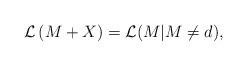
LaTeX: \begin{align*}{\cal L}\left(M+X\right)={\cal L}(M|M\ne d),\end{align*}